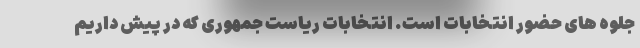
جلوه های حضور انتخابات است. انتخابات ریاست جمهوری که در پیش داریم